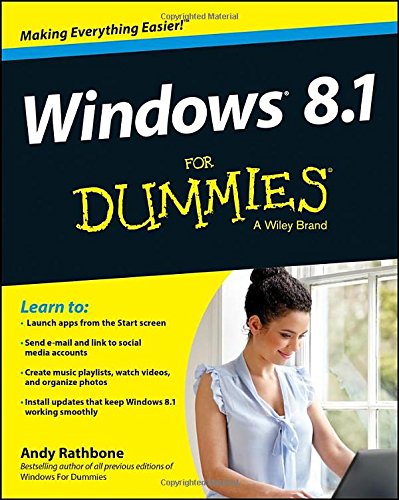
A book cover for Windows 8.1 For Dummies; Andy Rathbone; Computers & Technology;